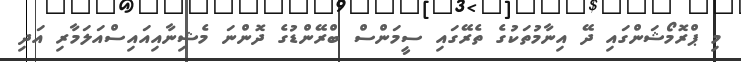
މި ޕްރޮމޯޝަންގައި ދޭ އިނާމުތަކުގެ ތެރޭގައި ސީމަންސް ބްރޭންޑުގެ ދޮންނަ މެޝިނާއިއައިސްއަލަމާރި އަދި